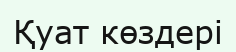
Қуат көздері